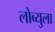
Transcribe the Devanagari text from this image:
लोब्युला